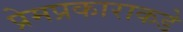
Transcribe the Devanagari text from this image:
प्रेमप्रकाराकडे